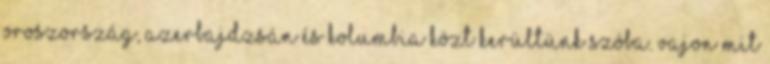
Oroszország, Azerbajdzsán és Kolumbia közt kerültünk szóba. Vajon mit